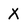
Character: X